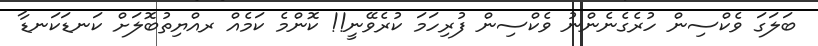
ބަލަގަ ވެކްސިން ހުރެގެނެންނު ވެކްސިން ފުރިހަމަ ކުރެވޭނީ!! ކޮންމެ ކަމެއް ރއްޔިތުބޮލަށް ކަނޑަކަނޑާ